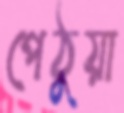
পেঠুয়া